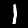
Label: 1